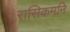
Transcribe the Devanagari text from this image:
रासिकमनि